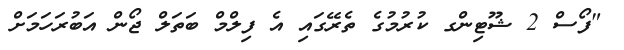
"ފޯސް 2 ޝޫޓިންގ ކުރުމުގެ ތެރޭގައި އެ ފިލްމް ބަތަލް ޖޯން އަބުރަހަމަށް